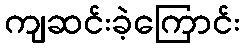
ကျဆင်းခဲ့ကြောင်း